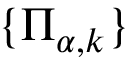
\{ \Pi _ { \alpha , k } \}